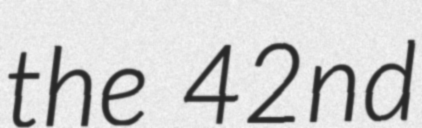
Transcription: the 42nd